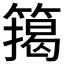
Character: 𮆉